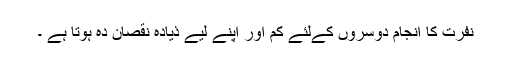
نفرت کا انجام دوسروں کےلئے کم اور اپنے لیے ذیادہ نقصان دہ ہوتا ہے ۔